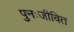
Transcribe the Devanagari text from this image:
पुनःजीवित